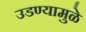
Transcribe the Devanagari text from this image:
उडण्यामुळे